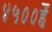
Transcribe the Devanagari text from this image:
४५००हैं